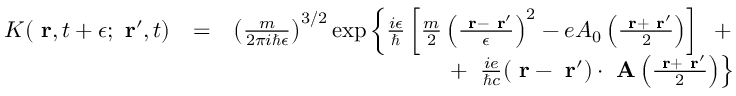
\begin{array} { r l r } { K ( \mathrm { \bf ~ r } , t + \epsilon ; \mathrm { \bf ~ r } ^ { \prime } , t ) } & { = } & { \left( \frac { m } { 2 \pi i \hbar \epsilon } \right) ^ { 3 / 2 } \exp \left\{ \frac { i \epsilon } { \hbar } \left[ \frac { m } { 2 } \left( \frac { \mathrm { \bf ~ r } - \mathrm { \bf ~ r } ^ { \prime } } { \epsilon } \right) ^ { 2 } - e A _ { 0 } \left( \frac { \mathrm { \bf ~ r } + \mathrm { \bf ~ r } ^ { \prime } } { 2 } \right) \right] \; \; + \right. } \\ & { } & { \; \; \; \; \left. + \; \; \frac { i e } { \hbar c } ( \mathrm { \bf ~ r } - \mathrm { \bf ~ r } ^ { \prime } ) \cdot \mathrm { \bf ~ A } \left( \frac { \mathrm { \bf ~ r } + \mathrm { \bf ~ r } ^ { \prime } } { 2 } \right) \right\} } \end{array}